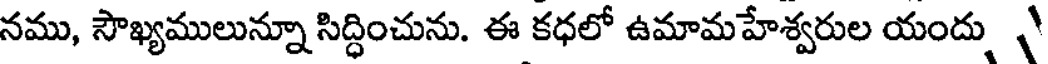
నము, సౌఖ్యములున్నూ సిద్ధించును. ఈ కధలో ఉమామహేశ్వరుల యందు